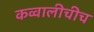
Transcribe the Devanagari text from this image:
कव्वालीचीच